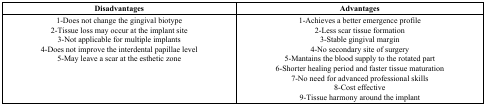
<table><thead><tr><td><b>Disadvantages</b></td><td><b>Advantages</b></td></tr></thead><tbody><tr><td>1-Does not change the gingival biotype, 2-Tissue loss may occur at the implant site, 3-Not applicable for multiple implants, 4-Does not improve the interdental papillae level, 5-May leave a scar at the esthetic zone</td><td>1-Achieves a better emergence profile, 2-Less scar tissue formation, 3-Stable gingival margin, 4-No secondary site of surgery, 5-Mantains the blood supply to the rotated part, 6-Shorter healing period and faster tissue maturation, 7-No need for advanced professional skills, 8-Cost effective, 9-Tissue harmony around the implant</td></tr></tbody></table>